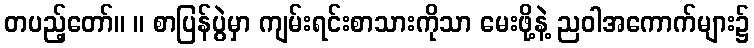
တပည့်တော်။ ။ စာပြန်ပွဲမှာ ကျမ်းရင်းစာသားကိုသာ မေးဖို့နဲ့ ညဝါအကောက်များ၌